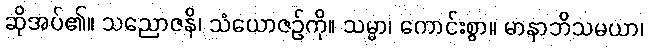
ဆိုအပ်၏။ သညောဇနိ၊ သံယောဇဉ်ကို။ သမ္မာ၊ ကောင်းစွာ။ မာနာဘိသမယာ၊